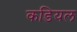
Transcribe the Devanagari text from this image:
कडियल